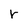
Character: r